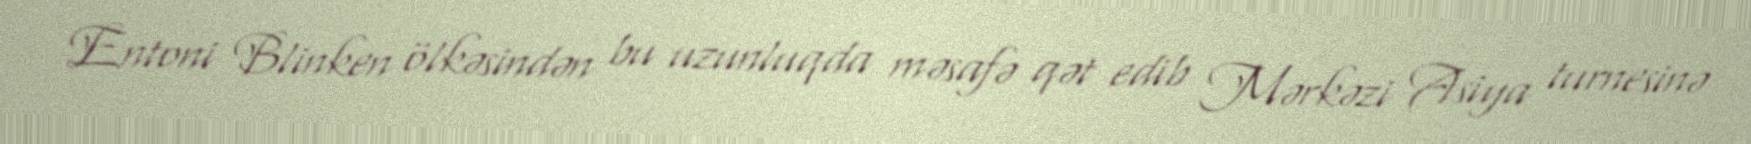
Entoni Blinken ölkəsindən bu uzunluqda məsafə qət edib Mərkəzi Asiya turnesinə